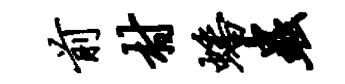
前村蟠虫